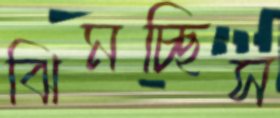
ঝিমচ্ছিস